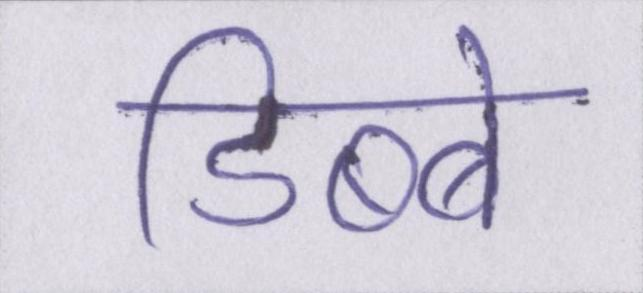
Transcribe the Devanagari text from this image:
डिब्बे